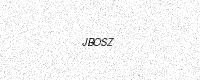
Text: JBOSZ